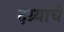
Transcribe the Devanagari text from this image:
दग्र्याचे